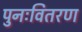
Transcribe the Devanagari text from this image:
पुनःवितरण